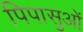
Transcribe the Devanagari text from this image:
पिपासुओं